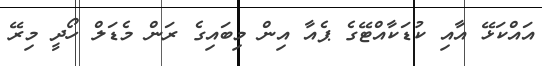
އައްކަޅޭ އާއި ކުޑަކާއްޓޭގެ ޕެއާ އިން މިބައިގެ ރަން މެޑަލް ހޯދީ މިރޭ